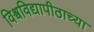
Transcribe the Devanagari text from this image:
विश्वविद्यापीठाच्या